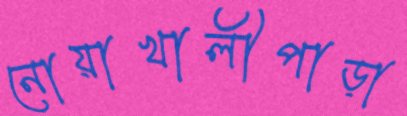
নোয়াখালীপাড়া